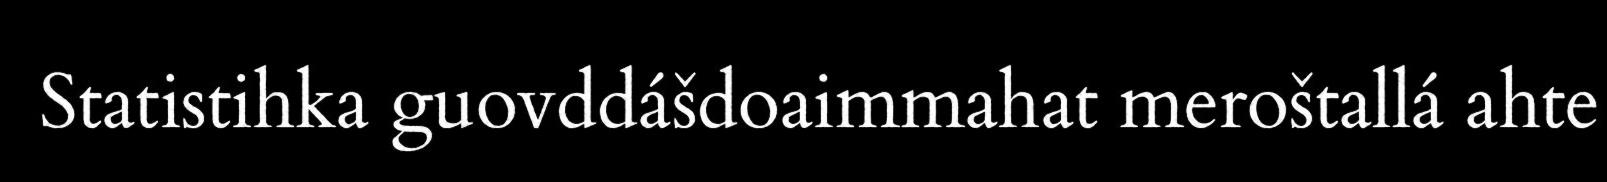
Statistihka guovddášdoaimmahat meroštallá ahte